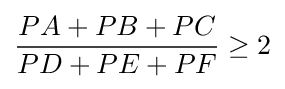
{\frac {PA+PB+PC}{PD+PE+PF}}\geq 2